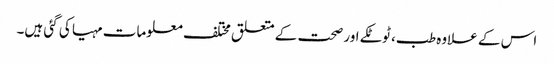
اس کے علاوہ طب، ٹوٹکے اور صحت کے متعلق مختلف معلومات مہیا کی گئی ہیں۔